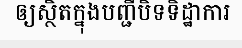
ឲ្យស្ថិតក្នុងបញ្ជីបិទទិដ្ឋាការ